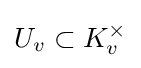
U_{v}\subset K_{v}^{\times }